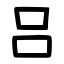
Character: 吕